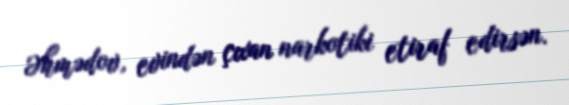
Əhmədov, evindən çıxan narkotiki etiraf edirsən.